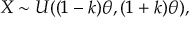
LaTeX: X \sim U ( ( 1 - k ) \theta , ( 1 + k ) \theta ) ,